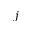
j